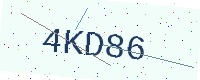
Text: 4KD86